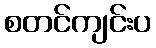
စတင်ကျင်းပ